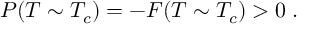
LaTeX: P ( T \sim T _ { c } ) = - { \cal F } ( T \sim T _ { c } ) > 0 \; .